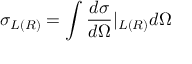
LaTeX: \sigma _ { L ( R ) } = \int \frac { d \sigma } { d \Omega } | _ { L ( R ) } d \Omega \nonumber